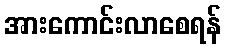
အားကောင်းလာစေရန်